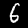
Digit: 6